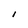
Character: I